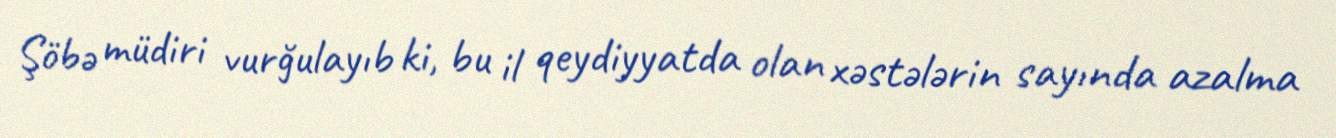
Şöbə müdiri vurğulayıb ki, bu il qeydiyyatda olan xəstələrin sayında azalma